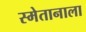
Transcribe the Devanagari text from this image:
स्मेतानाला